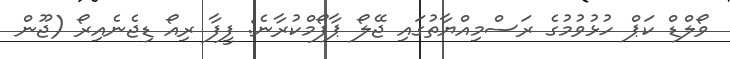
ވޯލްޑް ކަޕް ހުޅުވުމުގެ ރަސްމިއްޔާތުގައި ޖޭލޯ ޕާފޯމްކުރާނެ: ފީފާ ރިއޯ ޑިޖެނެއިރޯ (ޖޫން